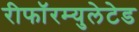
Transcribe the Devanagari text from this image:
रीफॉरम्युलेटेड